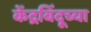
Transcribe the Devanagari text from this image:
केंद्रबिंदूच्या